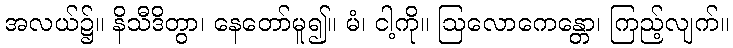
အလယ်၌။ နိသီဒိတွာ၊ နေတော်မူ၍။ မံ၊ ငါ့ကို။ ဩလောကေန္တော၊ ကြည့်လျက်။